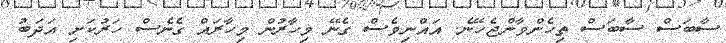
ސާބަސް ސާބަސް ތިހެންވާންޖެހޭނެ. އައްނިވެސް ގެނޭ މިހާރުން މިހާރައް ގެނެސް ހަރުކަށި އަދަބު